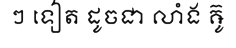
ៗ ទៀត ដូចជា លាំង ឝ៊ូ